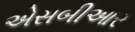
એસબીઆર